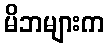
မိဘများက